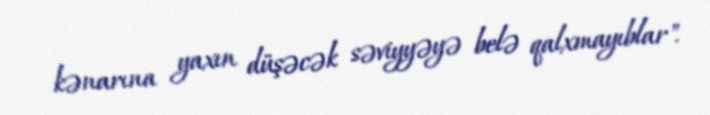
kənarına yaxın düşəcək səviyyəyə belə qalxmayıblar".